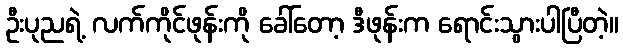
ဦးပုညရဲ့ လက်ကိုင်ဖုန်းကို ခေါ်တော့ ဒီဖုန်းက ရောင်းသွားပါပြီတဲ့။